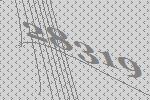
28319